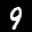
Label: 9